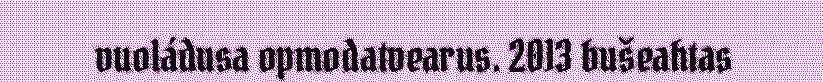
vuoládusa opmodatvearus. 2013 bušeahtas